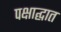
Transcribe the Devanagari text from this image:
पक्षाद्घात